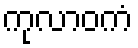
ကုလာဝကံ